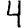
Digit: 4